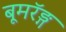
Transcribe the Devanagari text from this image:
बूमरॅङ्ग